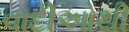
વાદીઓથી